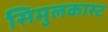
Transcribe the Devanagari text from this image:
सिमुलकास्ट